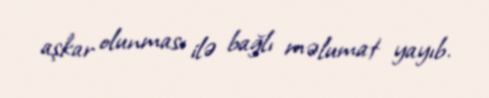
aşkar olunması ilə bağlı məlumat yayıb.